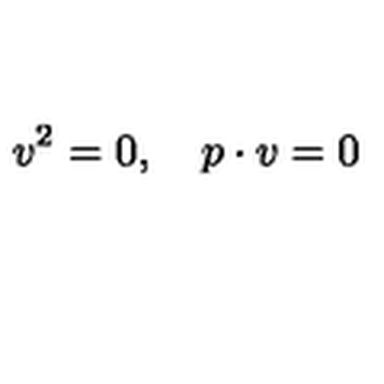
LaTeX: v ^ { 2 } = 0 , \quad p \cdot v = 0